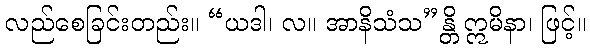
လည်စေခြင်းတည်း။ “ယဒါ၊ လ။ အာနိသံသ”န္တိ ဣမိနာ၊ ဖြင့်။